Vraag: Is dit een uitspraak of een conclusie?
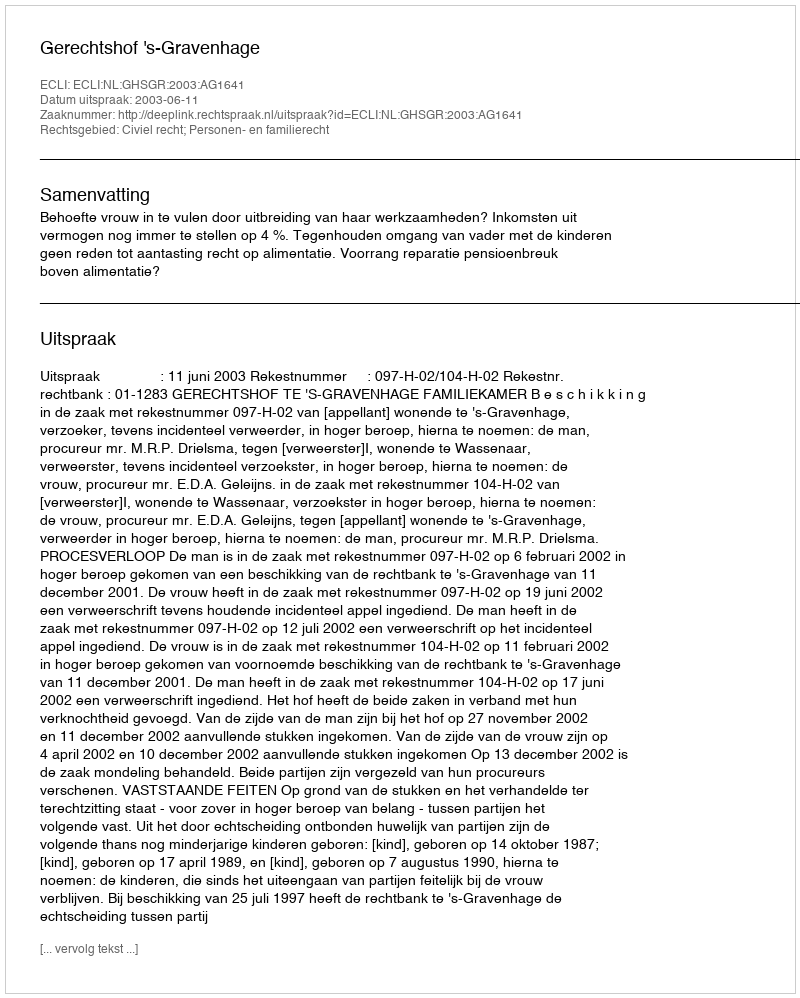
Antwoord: Uitspraak